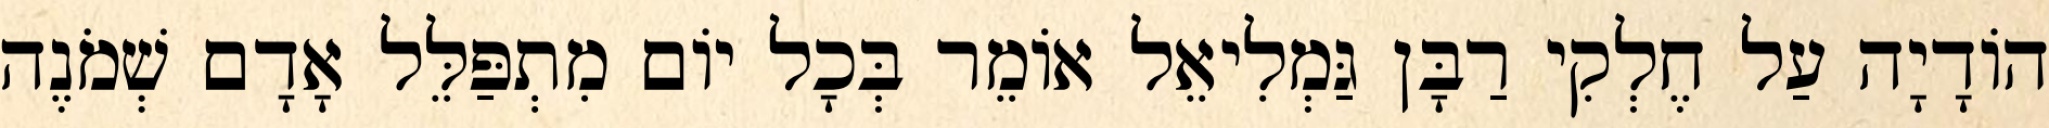
הוֹדָיָה עַל חֶלְקִי רַבָּן גַּמְלִיאֵל אוֹמֵר בְּכָל יוֹם מִתְפַּלֵּל אָדָם שְׁמֹנֶה